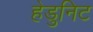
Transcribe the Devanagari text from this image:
हेडुनिट